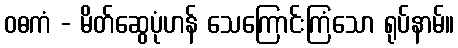
ဝဓကံ - မိတ်ဆွေပုံဟန် သေကြောင်းကြံသော ရုပ်နာမ်။